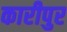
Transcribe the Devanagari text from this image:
कारीपुर